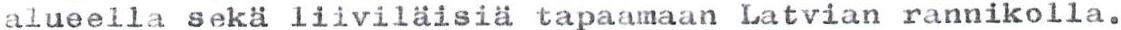
alueella sekä liiviläisiä tapaamaan Latvian rannikolla.